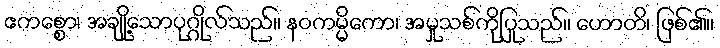
ဧကစ္စော၊ အချို့သောပုဂ္ဂိုလ်သည်။ နဝကမ္မိကော၊ အမှုသစ်ကိုပြုသည်။ ဟောတိ၊ ဖြစ်၏။